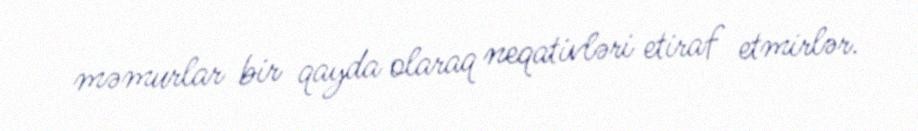
məmurlar bir qayda olaraq neqativləri etiraf etmirlər.